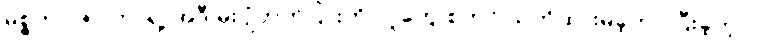
မစ္စတာ ဇပါတာရဲ့ အဲဒီ မိုးပျံဘုတ်ပြားကို လူတွေ စတင် သတိထားမိခဲ့တာ ပြီးခဲ့တဲ့လ